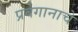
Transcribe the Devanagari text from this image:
प्रवेगानाचे